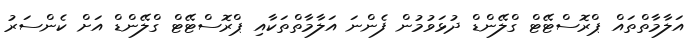
އަލާމާތްތައް ޕްރޮސްޓޭޓް ގްލޭންޑް ދުޅަވުމުން ފެންނަ އަލާމާތްތަކާއި ޕްރޮސްޓޭޓް ގްލޭންޑް އަށް ކެންސަރު